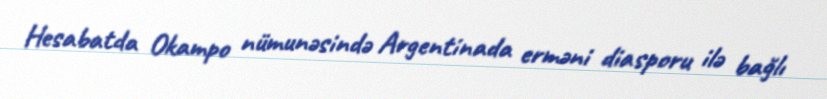
Hesabatda Okampo nümunəsində Argentinada erməni diasporu ilə bağlı